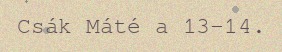
Csák Máté a 13–14.